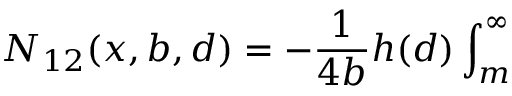
N _ { 1 2 } ( x , b , d ) = - \frac { 1 } { 4 b } h ( d ) \int _ { m } ^ { \infty }